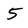
Character: 5